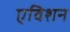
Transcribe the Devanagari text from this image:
एविशन